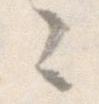
こ